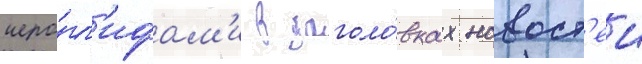
иеро́гл'ифам'и в заголо́вках новост'еи